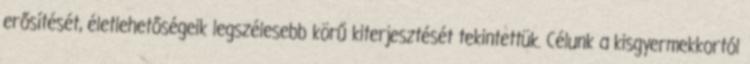
erősítését, életlehetőségeik legszélesebb körű kiterjesztését tekintettük. Célunk a kisgyermekkortól